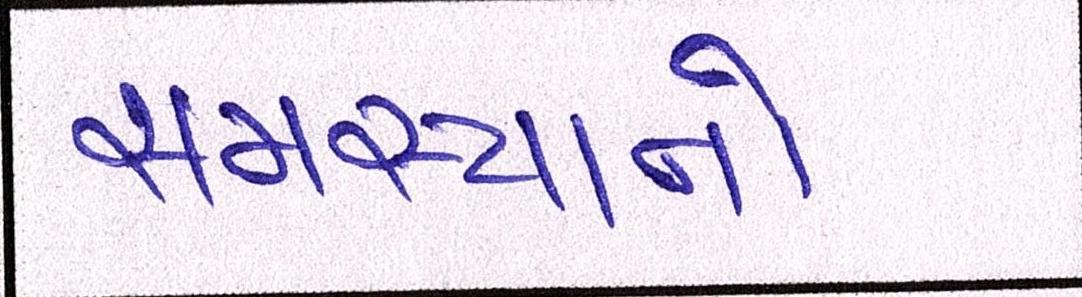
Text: સમસ્યાનો